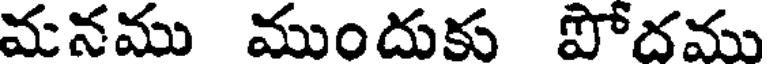
మనము ముందుకు పోదము